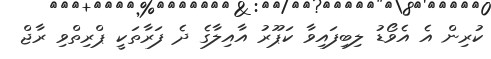
ކުރިން އެ އެވޯޑު ލިބިފައިވާ ކަޕޫރު އާއިލާގެ ދެ ފަރާތަކީ ޕްރިތްވި ރާޖް